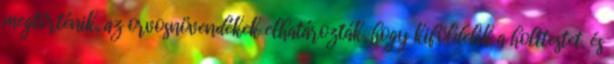
megtörténik, az orvosnövendékek elhatározták, hogy kiföldelik a holttestet, és